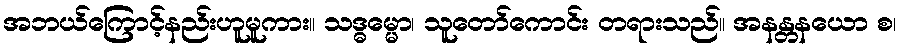
အဘယ်ကြောင့်နည်းဟူမူကား။ သဒ္ဓမ္မော၊ သူတော်ကောင်း တရားသည်။ အနန္တနယော စ၊